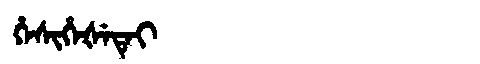
Manchu: ᡥᡝᠰᡳᡥᡝᡧᡝᡨᡝᡳ
Romanization: HESIHEŠETEI